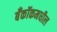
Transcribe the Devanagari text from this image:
बँकॉकमधील